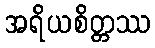
အရိယစိတ္တဿ